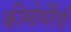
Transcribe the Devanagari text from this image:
कीमोथेरैपी